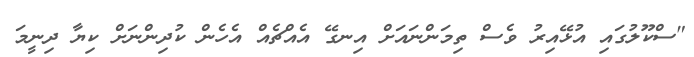
"ސްކޫލުގައި އުޅޭއިރު ވެސް ތިމަންނައަަށް އިނގޭ އެއްޗެއް އެހެން ކުދިންނަށް ކިޔާ ދިނީމަ